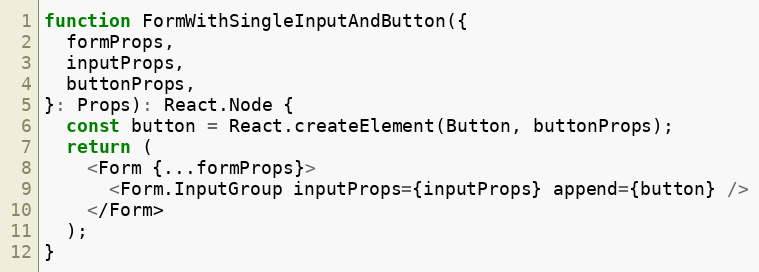
Language: JavaScript
function FormWithSingleInputAndButton({
  formProps,
  inputProps,
  buttonProps,
}: Props): React.Node {
  const button = React.createElement(Button, buttonProps);
  return (
    <Form {...formProps}>
      <Form.InputGroup inputProps={inputProps} append={button} />
    </Form>
  );
}